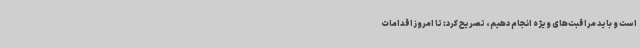
است و باید مراقبت‌های ویژه انجام دهیم، تصریح کرد: تا امروز اقدامات